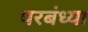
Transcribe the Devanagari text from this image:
परबंध्या